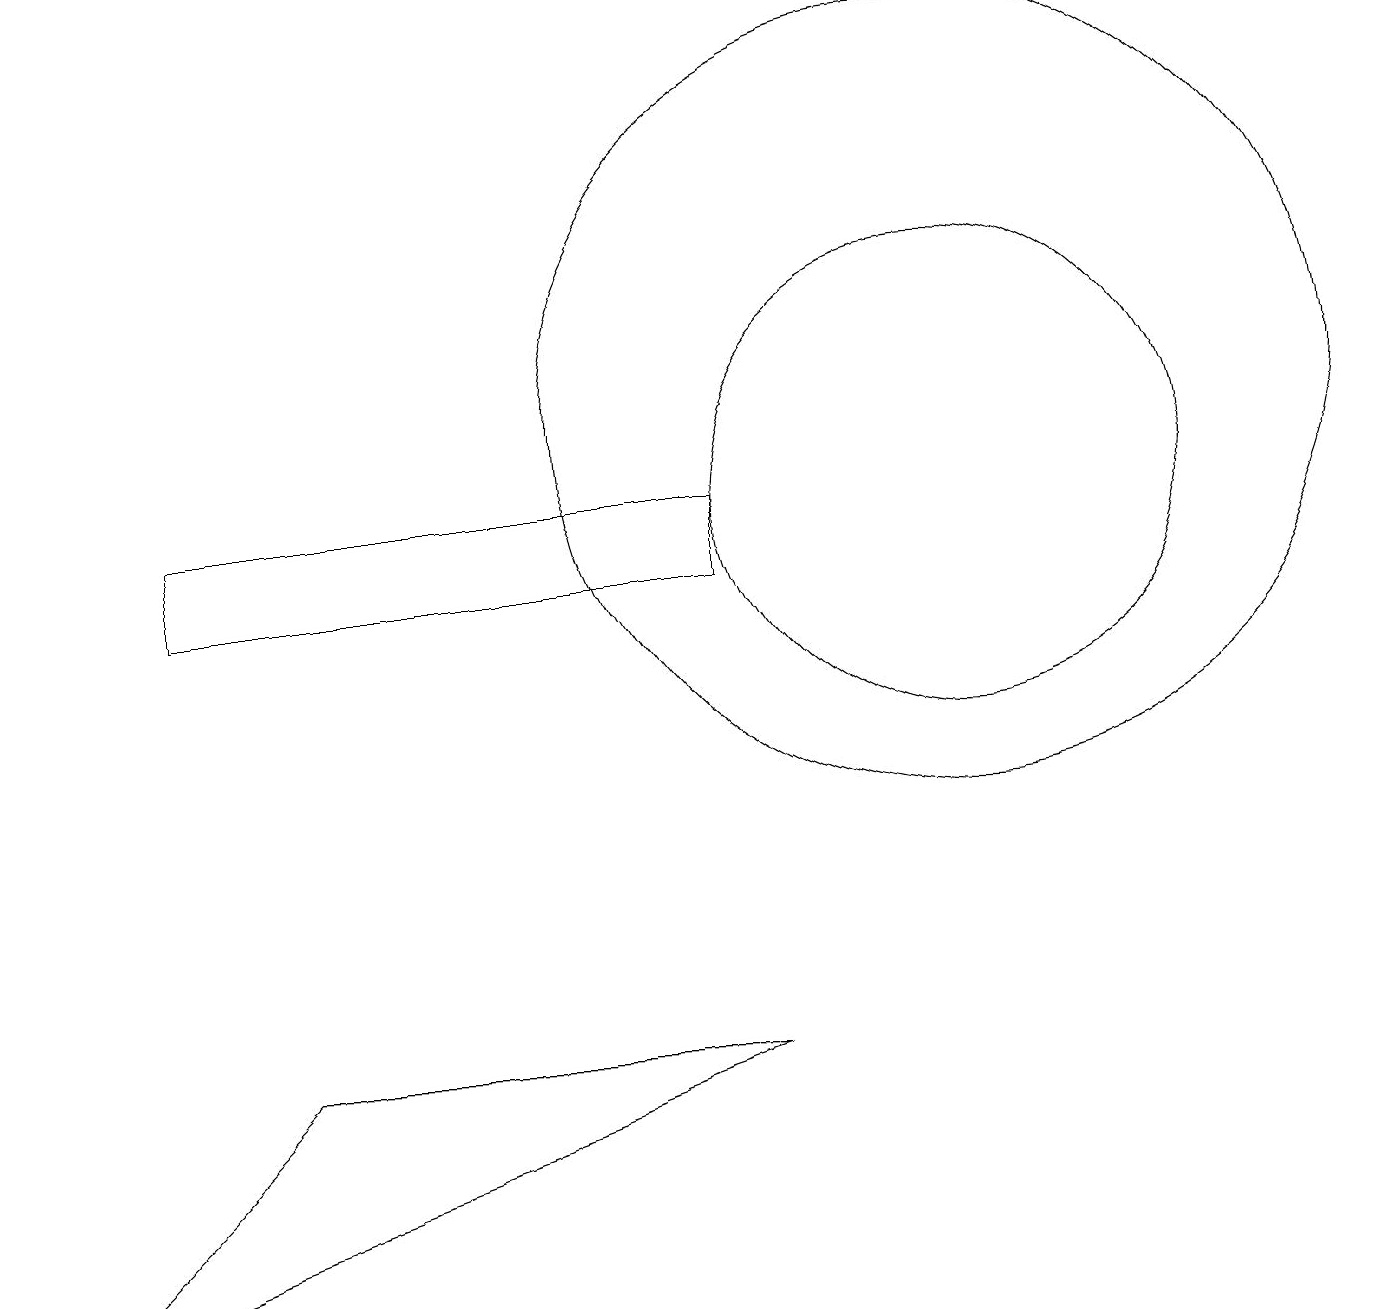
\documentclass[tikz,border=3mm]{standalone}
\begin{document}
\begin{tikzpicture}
\draw (9,4) -- (3,4) -- (0,1) -- cycle;
\draw (12,11) circle (3);
\draw (2,10) rectangle (9,11);
\draw (12,12) circle (5);
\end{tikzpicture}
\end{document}